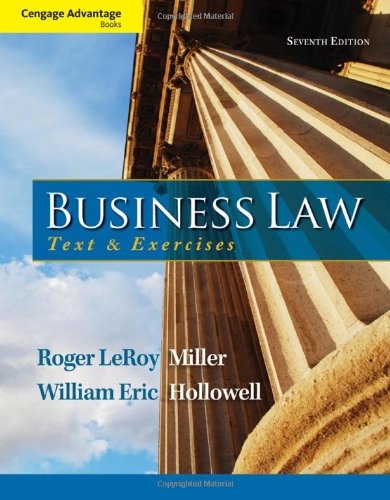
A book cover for Cengage Advantage Books: Business Law: Text and Exercises; Roger LeRoy Miller; Law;